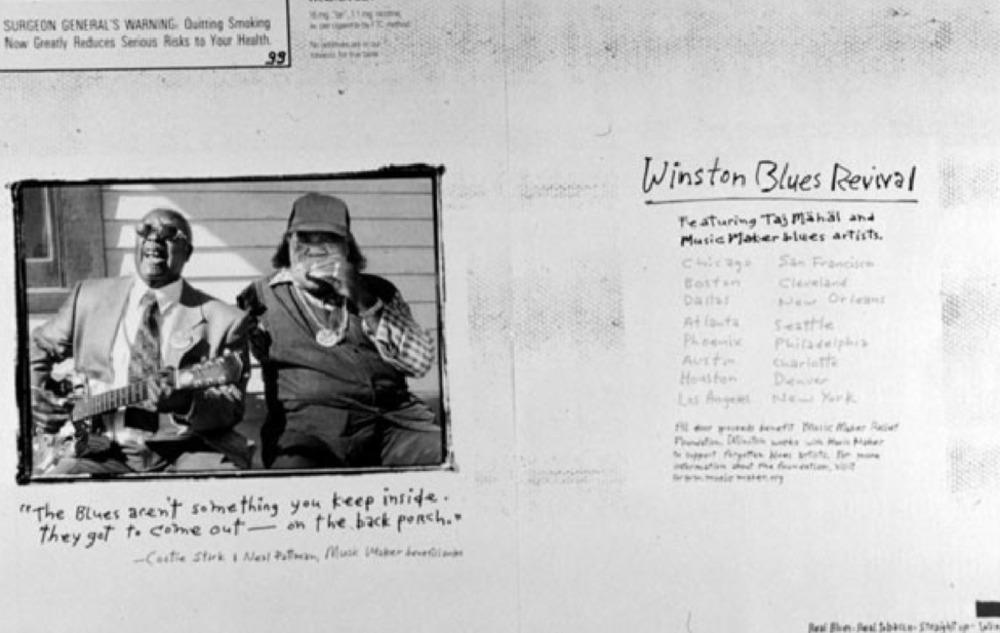
SURGEON GENERAL'S WARNING Quitting Smoking
Now Greatly Reduces Serious Raks ns Your Health.
Winston Blues Revival
Featuring Taj Mahal and
Music Plater blues artists.
Bostan
Cleveland
Daitel
PE Orient
At laufa
Seattle
Philadelphia
Housten
" The Blues aren't something you keep inside.
They got to come out - on the back porch."